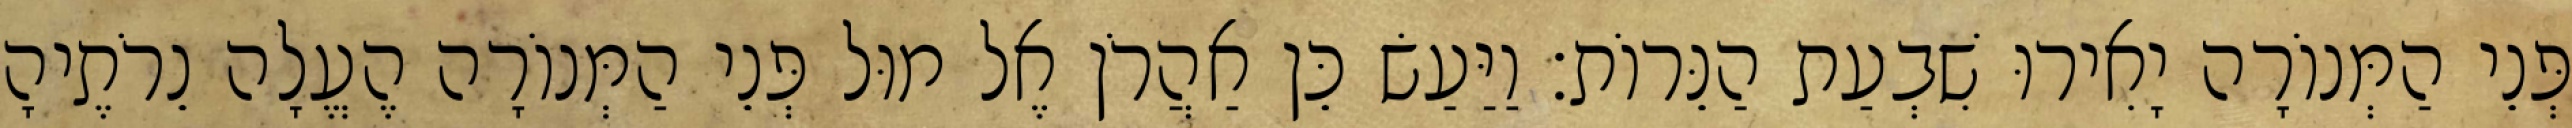
פְּנֵי הַמְּנוֹרָה יָאִירוּ שִׁבְעַת הַנֵּרוֹת׃ וַיַּעַשׂ כֵּן אַהֲרֹן אֶל מוּל פְּנֵי הַמְּנוֹרָה הֶעֱלָה נֵרֹתֶיהָ